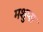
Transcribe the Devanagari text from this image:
मशुप्स